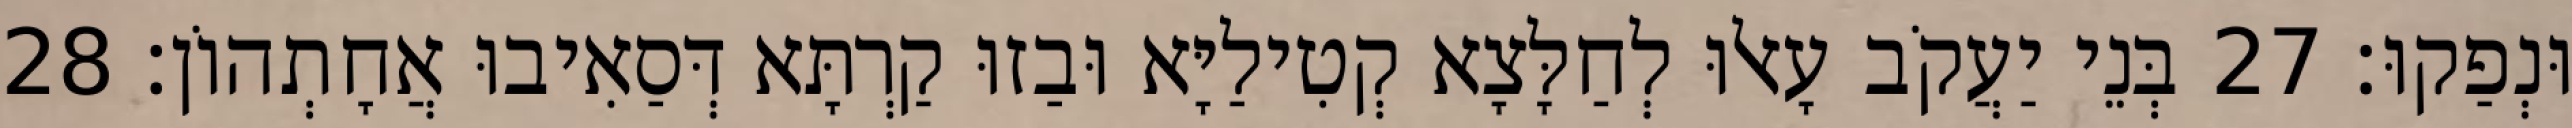
וּנְפַקוּ׃ 27 בְּנֵי יַעֲקֹב עָאלוּ לְחַלָּצָא קְטִילַיָּא וּבַזוּ קַרְתָּא דְּסַאִיבוּ אֲחָתְהוֹן׃ 28